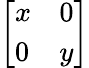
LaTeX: \left[{\begin{array}{ll}{x}&{0}\\ {0}&{y}\end{array}}\right]